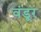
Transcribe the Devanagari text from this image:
वंडूर